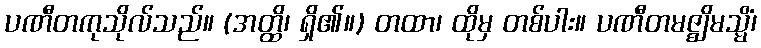
ပဏီတကုသိုလ်သည်။ (အတ္ထိ၊ ရှိ၏။) တထာ၊ ထိုမှ တစ်ပါး။ ပဏီတမဇ္ဈိမသ္မိံ၊